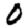
Digit: 0